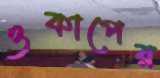
ওকাপের